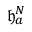
\mathfrak { h } _ { a } ^ { N }